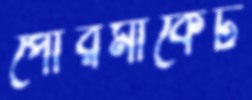
পৌরমার্কেট